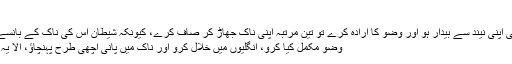
سنن ابو داود
جب تم میں سے کوئی اپنی نیند سے بیدار ہو اور وضو کا ارادہ کرے تو تین مرتبہ اپنی ناک جھاڑ کر صاف کرے، کیونکہ شیطان اس کی ناک کے بانسے پر رات گزارتا ہے
وضو مکمل کیا کرو، انگلیوں میں خلال کرو اور ناک میں پانی اچھی طرح پہنچاؤ، الا یہ کہ تم روزے دار ہو۔